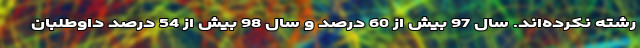
رشته نکرده‌اند. سال 97 بیش از 60 درصد و سال 98 بیش از 54 درصد داوطلبان